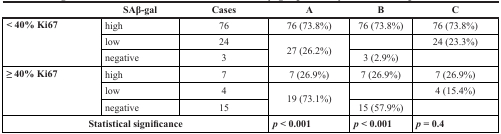
|  | SAβ-gal | Cases | A | B | C |
 | --- | --- | --- | --- | --- | --- |
 | <ROWSPAN=3> < 40% Ki67 | high | 76 | 76 (73.8%) | 76 (73.8%) | 76 (73.8%) |
 | low | 24 | <ROWSPAN=2> 27 (26.2%) |  | 24 (23.3%) |
 | negative | 3 | 3 (2.9%) |  |
 | <ROWSPAN=3> ≥ 40% Ki67 | high | 7 | 7 (26.9%) | 7 (26.9%) | 7 (26.9%) |
 | low | 4 | <ROWSPAN=2> 19 (73.1%) |  | 4 (15.4%) |
 | negative | 15 | 15 (57.9%) |  |
 | <COLSPAN=3> Statistical significance | p < 0.001 | p < 0.001 | p = 0.4 |